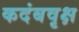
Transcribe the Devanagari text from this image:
कदंबवृक्ष